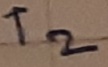
Text: T2